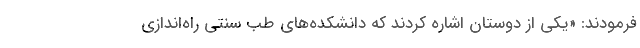
فرمودند: «یکی از دوستان اشاره کردند که دانشکده‌های طب سنتی راه‌اندازی